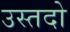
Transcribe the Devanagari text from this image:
उस्तदो